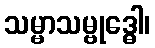
သမ္မာသမ္ဗုဒ္ဓေါ၊